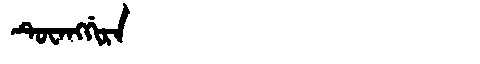
Manchu: ᡨᡠᠸᠠᠩᡤᡳᡵᠠ
Romanization: TUWANGGIRA